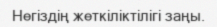
Негіздің жеткіліктілігі заңы.